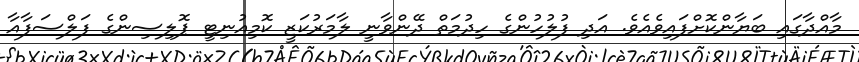
މާއްދާގައި ބަޔާންކޮށްފައިވެއެވެ. އަދި ފުލުހުންގެ ހިދުމަތް ދޭންވާނީ ލާމަރުކަޒީ ކޮމިއުނިޓީ ޕޮލިސިންގެ ފަލްސަފާއާ